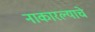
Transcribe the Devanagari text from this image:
नाकारल्याचे